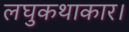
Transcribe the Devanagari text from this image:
लघुकथाकार।